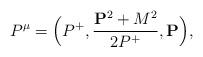
LaTeX: \begin{align*}P^{\mu} =\Big(P^+,{{{\bf P}^2+M^2}\over {2P^+}},{\bf P}\Big),\end{align*}